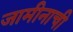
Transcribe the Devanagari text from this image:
जामीनाची